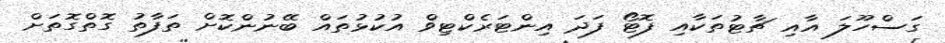
ގަސްހޫލަ އާއި ޗާޓުތަކާއި ފޮޓޯ ފަދަ އިންޓަރެކްޓިވް އުކުޅުތައް ބޭނުންކޮށް ތަފާތު ގޮތްގޮތަށް